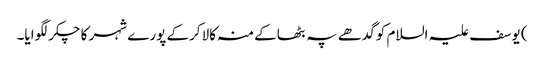
) یوسف علیہ السلام کو گدھے پہ بٹھاکے منہ کالا کرکے پورے شہر کا چکر لگوایا۔